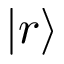
| r \rangle